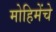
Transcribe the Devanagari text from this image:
मोहिमेंचे